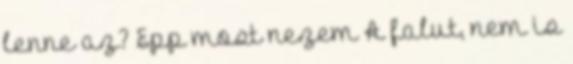
lenne az? Epp most nezem A falut, nem is